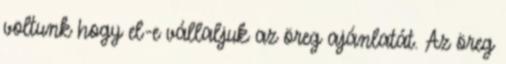
voltunk hogy el-e vállaljuk az öreg ajánlatát. Az öreg